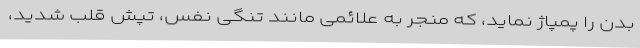
بدن را پمپاژ نماید، که منجر به علائمی مانند تنگی نفس، تپش قلب شدید،